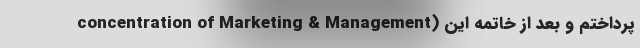
concentration of Marketing & Management) پرداختم و بعد از خاتمه این